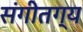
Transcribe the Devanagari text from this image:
संगीतग्य